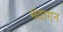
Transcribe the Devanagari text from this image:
मंदागन